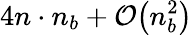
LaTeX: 4n\cdot n_{b}+\mathcal{O}\big(n_{b}^{2}\big)